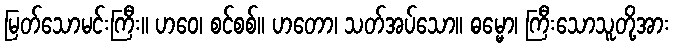
မြတ်သောမင်းကြီး။ ဟဝေ၊ စင်စစ်။ ဟတော၊ သတ်အပ်သော။ ဓမ္မော၊ ကြီးသောသူတို့အား